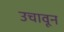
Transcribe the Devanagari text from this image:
उचावून